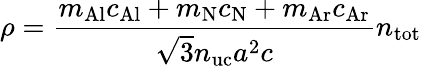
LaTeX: \rho=\frac{m_{\mathrm{Al}}c_{\mathrm{Al}}+m_{\mathrm{N}}c_{\mathrm{N}}+m_{\mathrm{Ar}}c_{\mathrm{Ar}}}{\sqrt{3}n_{\mathrm{uc}}a^{2}c}n_{\mathrm{tot}}